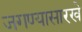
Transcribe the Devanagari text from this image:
जगण्यासारखे